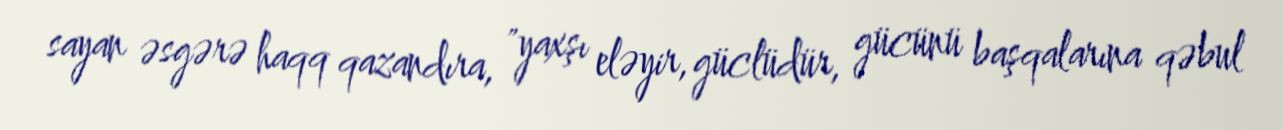
sayan əsgərə haqq qazandıra, "yaxşı eləyir, güclüdür, gücünü başqalarına qəbul